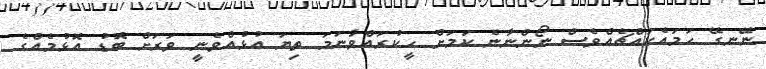
ނޭނގޭ ހަމައެކައްޗެއްވެސް ނޯންނާނެ ކަމަށް ހީކުރައްވާނަމަ ތިޔަ އުޅުއްވެނީ ވަރަށް ބޮޑު އޮޅުމެއްގެ